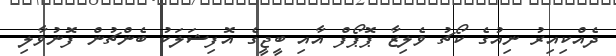
ދެއްކިއިރު ނިއުގެ ކޯޗު ވެލިޒާ ޕޮޕޯފް އާއި ބީޖީގެ އޮފިޝަލަކު ބެންޗުން ފޮނުވާލި